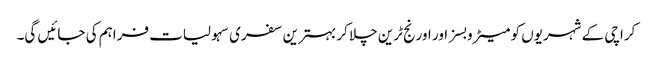
کراچی کے شہریوں کو میٹرو بسز اور اورنج ٹرین چلا کر بہترین سفری سہولیات فراہم کی جائیں گی۔